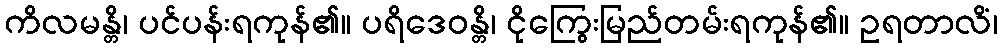
ကိလမန္တိ၊ ပင်ပန်းရကုန်၏။ ပရိဒေဝန္တိ၊ ငိုကြွေးမြည်တမ်းရကုန်၏။ ဥရတာလိံ၊